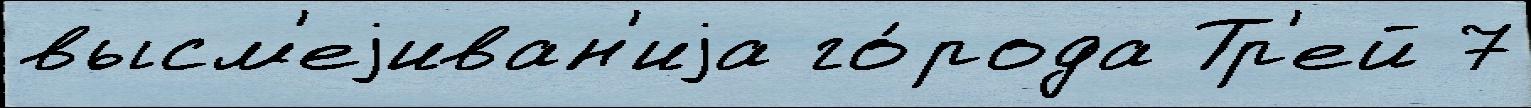
высм'еjиван'иjа го́рода Тр'ей 7